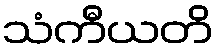
သံကီယတိ